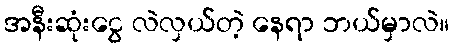
အနီးဆုံးငွေ လဲလှယ်တဲ့ နေရာ ဘယ်မှာလဲ။